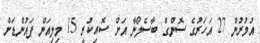
އުމުރުން 27 އަހަރުގެ ސޮންގް ބާސެލޯނާ އަށް ސޮއިކުރީ 15 މިލިއަން ޕައުންޑަށް